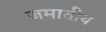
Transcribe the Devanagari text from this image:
जमातीय